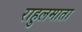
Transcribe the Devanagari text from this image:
राहुलमाता